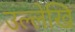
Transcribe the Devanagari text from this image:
उल्लेखि